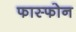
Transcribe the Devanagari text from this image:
फास्फोन